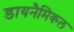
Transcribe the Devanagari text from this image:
डायनैमिकल